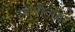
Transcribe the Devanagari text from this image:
रणनीतीवर